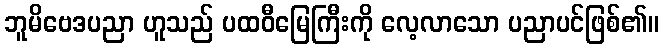
ဘူမိဗေဒပညာ ဟူသည် ပထဝီမြေကြီးကို လေ့လာသော ပညာပင်ဖြစ်၏။